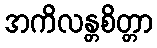
အကိလန္တစိတ္တာ